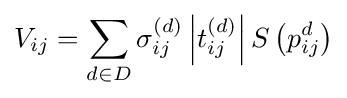
V_{ij}=\sum _{d\in D}\sigma _{ij}^{(d)}\left|t_{ij}^{(d)}\right|S\left(p_{ij}^{d}\right)